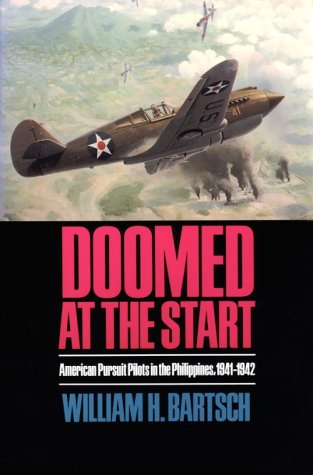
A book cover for Doomed at the Start: American Pursuit Pilots in the Philippines, 1941-1942 (Williams-Ford Texas A&M University Military History Series); William H. Bartsch; History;